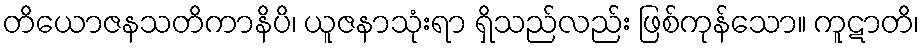
တိယောဇနသတိကာနိပိ၊ ယူဇနာသုံးရာ ရှိသည်လည်း ဖြစ်ကုန်သော။ ကူဋာတိ၊